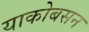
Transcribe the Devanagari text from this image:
याकोबसन